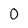
Character: O